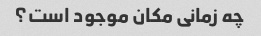
چه زمانی مکان موجود است؟